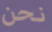
نحن